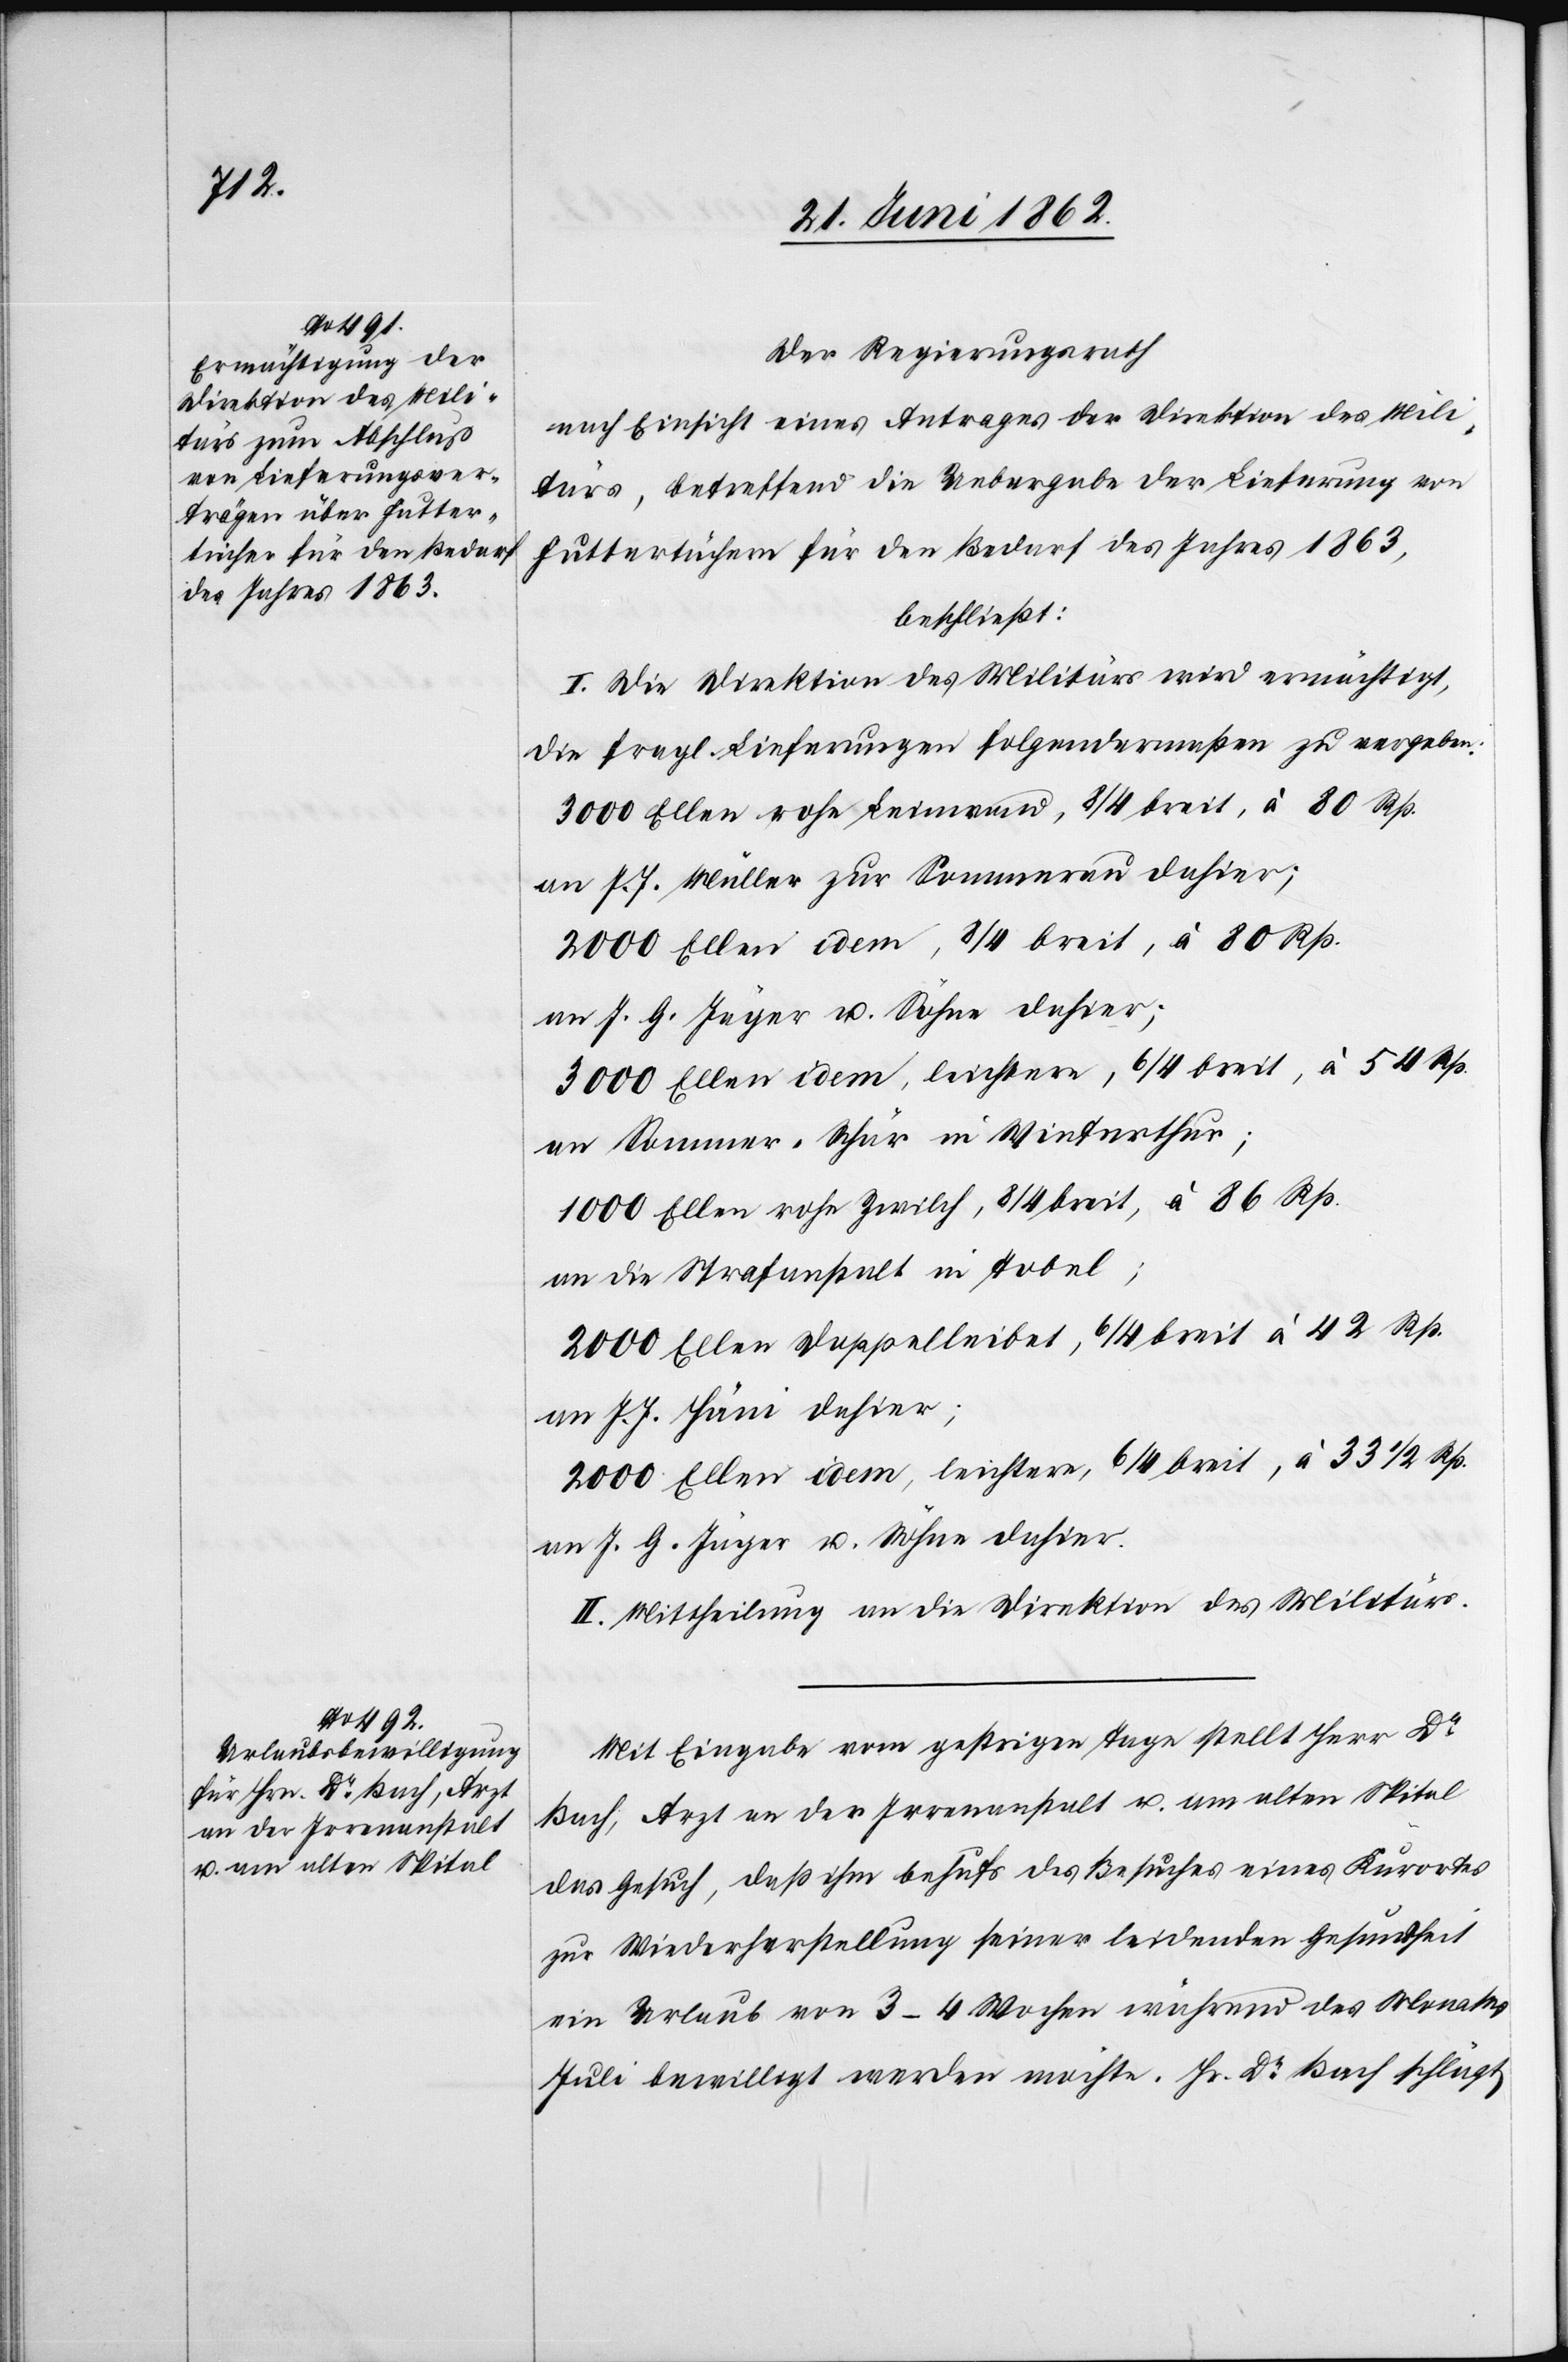
Der Regierungsrath
nach Einsicht eines Antrages der Direktion des Mili¬
tärs, betreffend die Uebergabe der Lieferung von
Futtertüchern für den Bedarf des Jahres 1863,
beschließt:
I. Die Direktion des Militärs wird ermächtigt,
die fragl. Lieferungen folgendermaßen zu vergeben:
3000 Ellen rohe Leinwand, 8/4 breit, à 80 Rp.
an J. G. Jäger u. Söhne dahier;
3000 Ellen idem, leichtere, 6/4 breit, à 54 Rp.
an Sommer-Schär in Winterthur;
1000 Ellen rohe Zwilch, 8/4 breit, à 86 Rp.
an die Strafanstalt in Tobel;
2000 Ellen Doppelleibet, 6/4 breit à 42 Rp.
an J. J. Häni dahier;
2000 Ellen idem, leichtere, 6/4 breit, à 33 1/2 Rp.
an J. G. Jäger u. Söhne dahier.
II. Mittheilung an die Direktion des Militärs.
Mit Eingabe vom gestrigen Tage stellt Herr Dr.
Bach, Arzt an der Irrenanstalt u. am alten Spital
das Gesuch, daß ihm behufs des Besuches eines Kurortes
zur Wiederherstellung seiner leidenden Gesundheit
ein Urlaub von 3–4 Wochen während des Monates
Juli bewilligt werden möchte. Hr. Dr. Bach schlägt